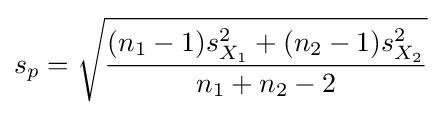
s_{p}={\sqrt {\frac {(n_{1}-1)s_{X_{1}}^{2}+(n_{2}-1)s_{X_{2}}^{2}}{n_{1}+n_{2}-2}}}